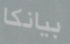
بيانكا